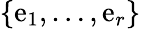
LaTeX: \{ \mathrm{e}_{1},\ldots,\mathrm{e}_{r}\}